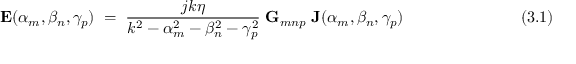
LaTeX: \mathbf { E } ( \alpha _ { m } , \beta _ { n } , \gamma _ { p } ) ~ = ~ { \frac { j k \eta } { k ^ { 2 } - \alpha _ { m } ^ { 2 } - \beta _ { n } ^ { 2 } - \gamma _ { p } ^ { 2 } } } ~ \mathbf { G } _ { m n p } ~ \mathbf { J } ( \alpha _ { m } , \beta _ { n } , \gamma _ { p } ) ~ ~ ~ ~ ~ ~ ~ ~ ~ ~ ~ ~ ~ ~ ~ ~ ~ ~ ~ ~ ~ ~ ~ ~ ~ ( 3 . 1 )